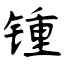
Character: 锺